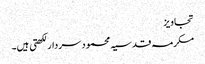
تجاویز
مکرمہ قدسیہ محمود سردار لکھتی ہیں۔